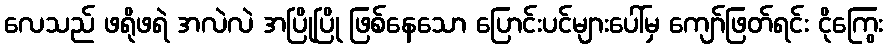
လေသည် ဖရိုဖရဲ အလဲလဲ အပြိုပြို ဖြစ်နေသော ပြောင်းပင်များပေါ်မှ ကျော်ဖြတ်ရင်း ငိုကြွေး